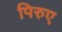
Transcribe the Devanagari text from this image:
पिरुए